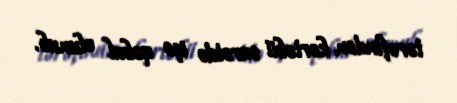
tərəfindən kortəbii surətdə işə qəbul olunub.